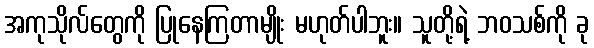
အကုသိုလ်တွေကို ပြုနေကြတာမျိုး မဟုတ်ပါဘူး။ သူတို့ရဲ့ ဘဝသစ်ကို ခု